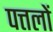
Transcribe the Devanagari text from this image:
पत्तलों